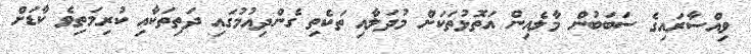
ވިއްސާރައިގެ ސަބަބުން މާލެއިން އަތޮޅުތަކަށް މުދަލާއި ތަކެތި ގެންދިއުމުގައި ދަތިތަކާއި ކުރިމަތިވެ ކާޑަށް